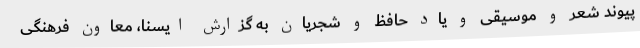
پیوند شعر و موسیقی و یاد حافظ و شجریان به گزارش ایسنا، معاون فرهنگی